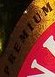
PBEMIOM